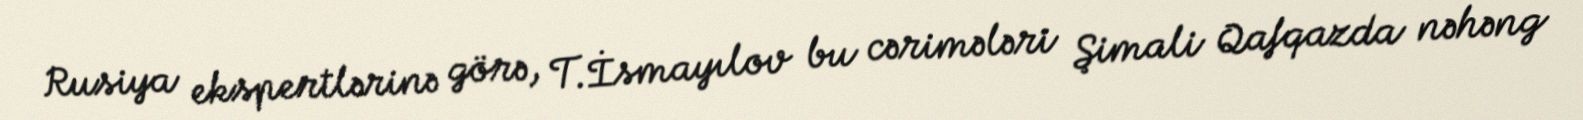
Rusiya ekspertlərinə görə, T.İsmayılov bu cərimələri Şimali Qafqazda nəhəng